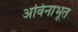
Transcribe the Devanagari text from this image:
अविनाभूत